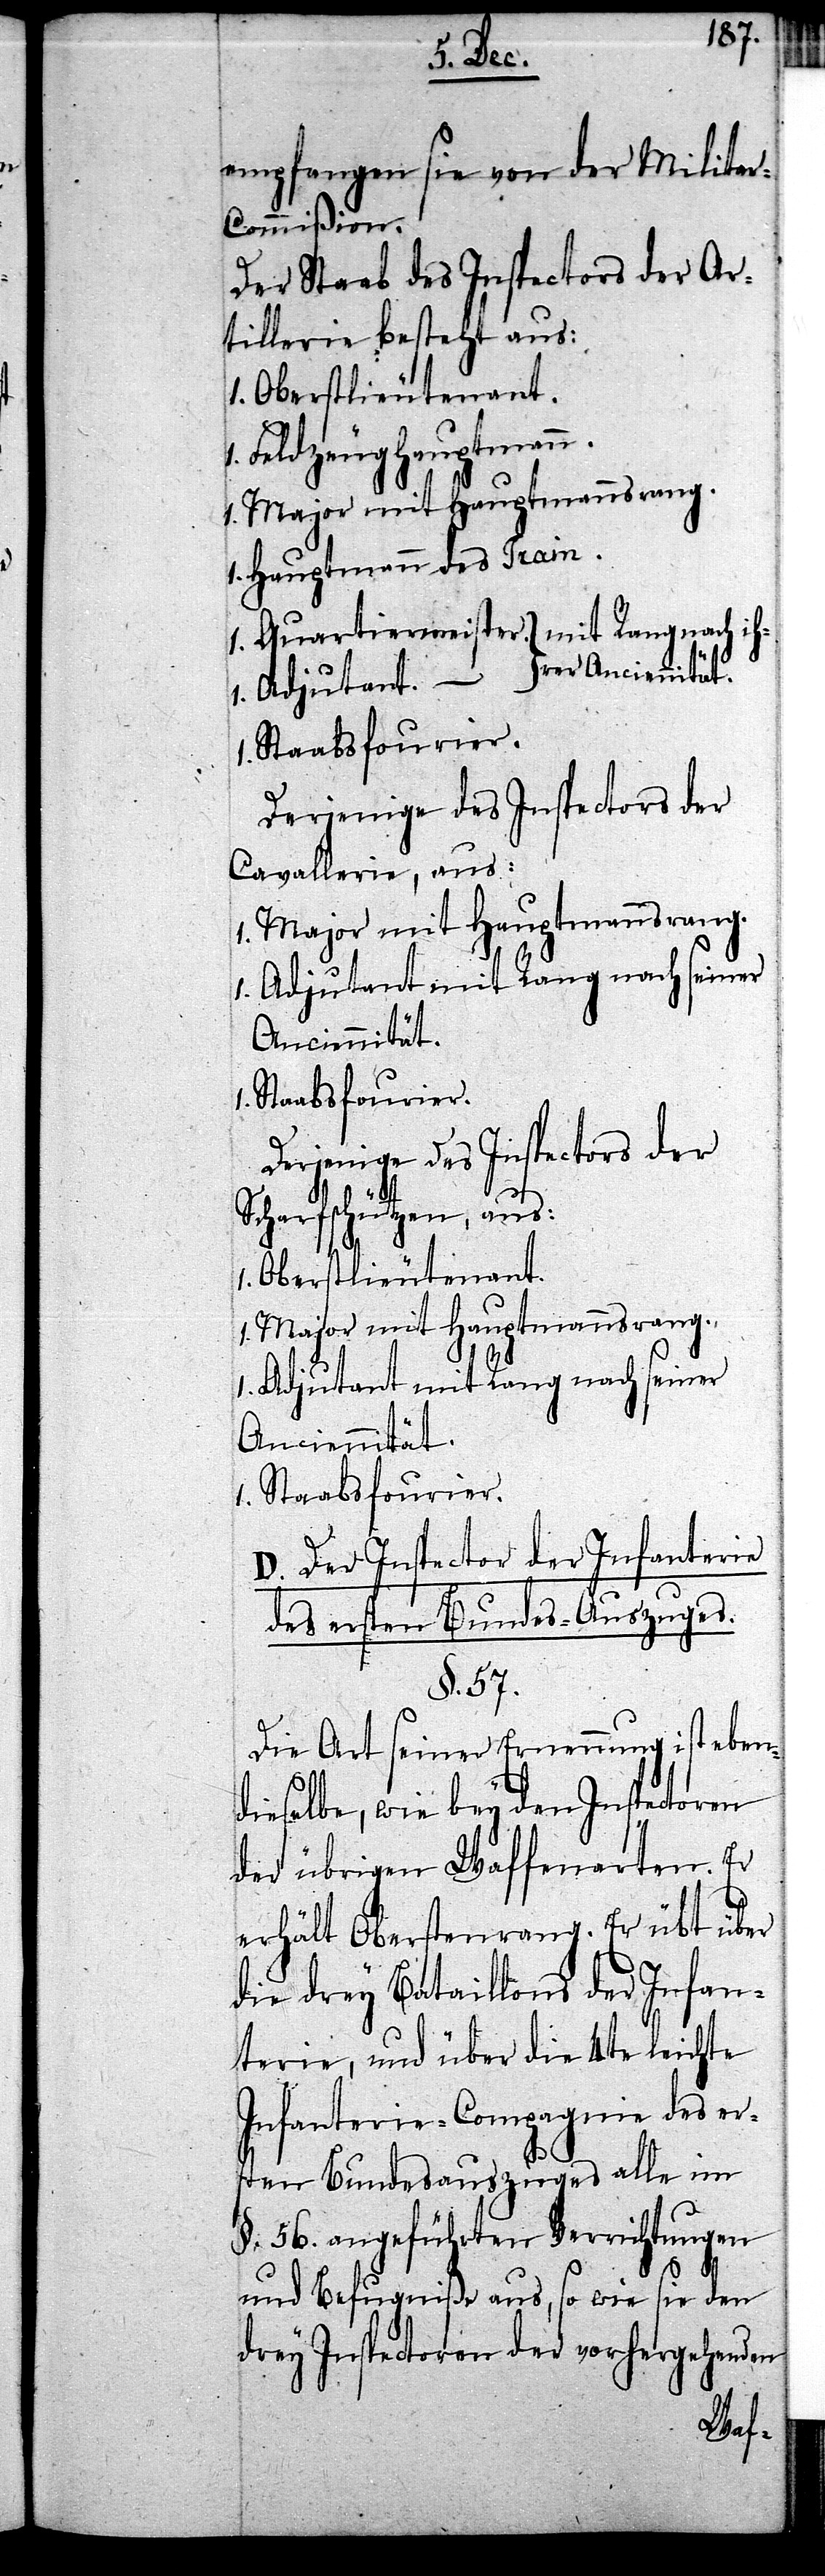
empfangen sie von der Milita¬
r-Commißion.
Der Staab des Inspectors der Ar¬
tillerie besteht aus:
1. Oberstlieutenant.
Feldzeughauptmann.
Major mit Hauptmannsrang.
1. Hauptmann des Train.
1. Quartiermeister. mit Rang nach ih¬
Staabsfourier.
Derjenige des Inspectors der
Cavallerie, aus:
1. Adjutant mit Rang nach seiner
Anciennität.]
Derjenige des Inspectors der
Scharfschützen, aus:
Anciennität.
1. Staabsfourier.
D. Der Inspector der Infanterie
des ersten Bundes-Auszuges.
§. 57.
Die Art seiner Ernennung ist eben¬
dieselbe, wie bey den Inspectoren
der übrigen Waffenarten. Er
erhält Oberstenrang. Er übt über
die drey Bataillons der Infan¬
terie, und über die 4te leichte
Infanterie-Compagnie des er¬
sten Bundesauszuges alle im
§. 56. angeführten Verrichtungen
1.
rer
und Befugniße aus, so wie sie den
drey Inspectoren der vorhergehenden